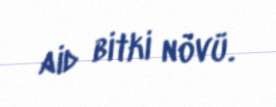
aid bitki növü.